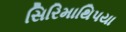
સિરિમાથિપયા